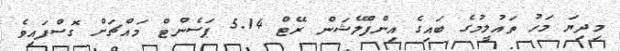
މިދިޔަ މަހު ތައުލީމުގެ ބައިގެ އިންފްލޭޝަން ރޭޓް 5.14 ޕަސެންޓް މައްޗަށް ގޮސްފައިވެ